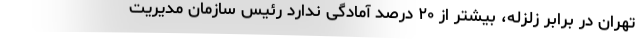
تهران در برابر زلزله، بیشتر از ۲۰ درصد آمادگی ندارد رئیس سازمان مدیریت